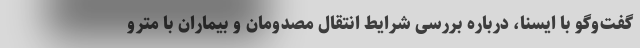
گفت‌وگو با ایسنا، درباره بررسی شرایط انتقال مصدومان و بیماران با مترو